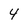
Character: 4